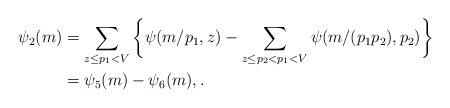
LaTeX: \begin{align*} \psi_2(m) &= \sum_{z \le p_1 < V} \bigg\{ \psi(m/p_1, z) - \sum_{z \le p_2 < p_1 < V} \psi(m/(p_1p_2), p_2) \bigg\} \\ &= \psi_5(m) - \psi_6(m), . \end{align*}